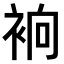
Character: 𧙹